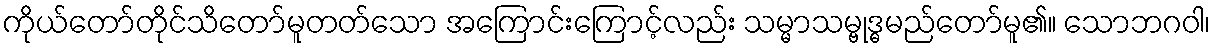
ကိုယ်တော်တိုင်သိတော်မူတတ်သော အကြောင်းကြောင့်လည်း သမ္မာသမ္ဗုဒ္ဓမည်တော်မူ၏။ သောဘဂဝါ၊